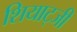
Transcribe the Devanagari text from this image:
शियाट्जी